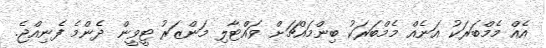
އެއް މެމްބަރަކު އަނެއް މެމްބަރަކު ބިންމައްޗަށް ވައްޓާލި މަންޒަރު ޓީވީން ދެންމެ ފެނިއްޖެ.